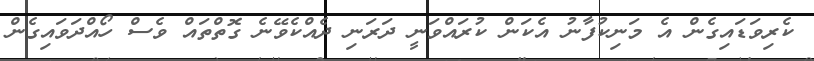
ކެރިވަޑައިގެން އެ މަނިކުފާނު އެކަން ކުރައްވަނީ ދަރަނި ދެއްކެވޭނެ ގޮތްތައް ވެސް ހޯއްދަވައިގެން